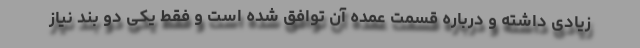
زیادی داشته و درباره قسمت عمده آن توافق شده است و فقط یکی دو بند نیاز